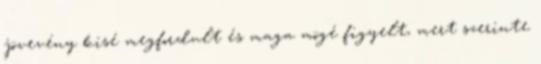
jövevény kisé megfordult és maga mögé figyelt, mert szerinte